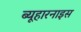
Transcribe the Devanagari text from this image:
ब्यूहारनाइस